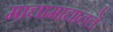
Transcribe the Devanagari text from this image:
माद्यामाद्यांतले